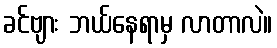
ခင်ဗျား ဘယ်နေရာမှ လာတာလဲ။